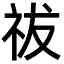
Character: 祓